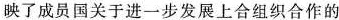
映了成员国关于进一步发展上合组织合作的